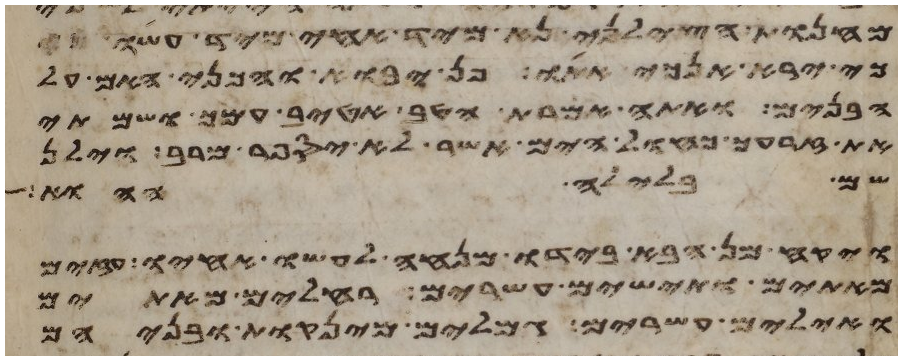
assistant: מחנות הצלני נא מיד אחי מיד עשו כי
כי ירא אנכי אתו פן יבוא והכני האם על
הבנים ואתה אמרת הטיב אטיב עמך ושמתי
את זרעך כחול הים אשר לא יספר מרב וילן
שם בלילה ההוא
ויקח מן הבא בידו מנחה לעשו אחיו עזים
מאתים ותישים עשרים רחלים מאתים
ואילים עשרים גמלים מינקות ובניהם